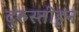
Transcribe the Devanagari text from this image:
दुरुस्तीहून